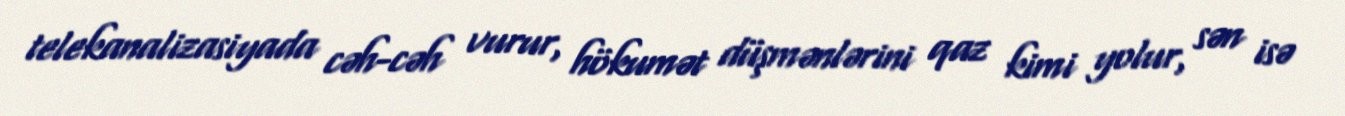
telekanalizasiyada cəh-cəh vurur, hökumət düşmənlərini qaz kimi yolur, sən isə